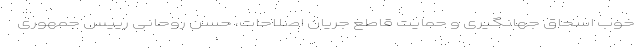
خوب اسحاق جهانگیری و حمایت قاطع جریان اصلاحات، حسن روحانی رییس جمهوری